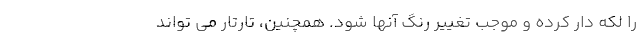
را لکه دار کرده و موجب تغییر رنگ آنها شود. همچنین، تارتار می تواند